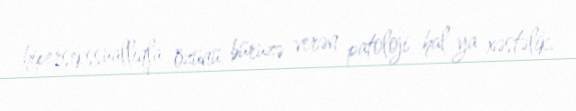
hipersekssuallıqla özünü büruzə verən patoloji hal ya xəstəlik.